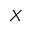
X